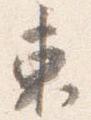
東